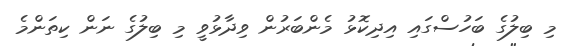
މި ބިލުގެ ބަހުސްގައި އިދިކޮޅު މެންބަރުން ވިދާޅުވީ މި ބިލުގެ ނަން ކިތަންމެ